Annual administration report of the Civil Veterinary Department, Sind - 1945-1946
Year: 1945
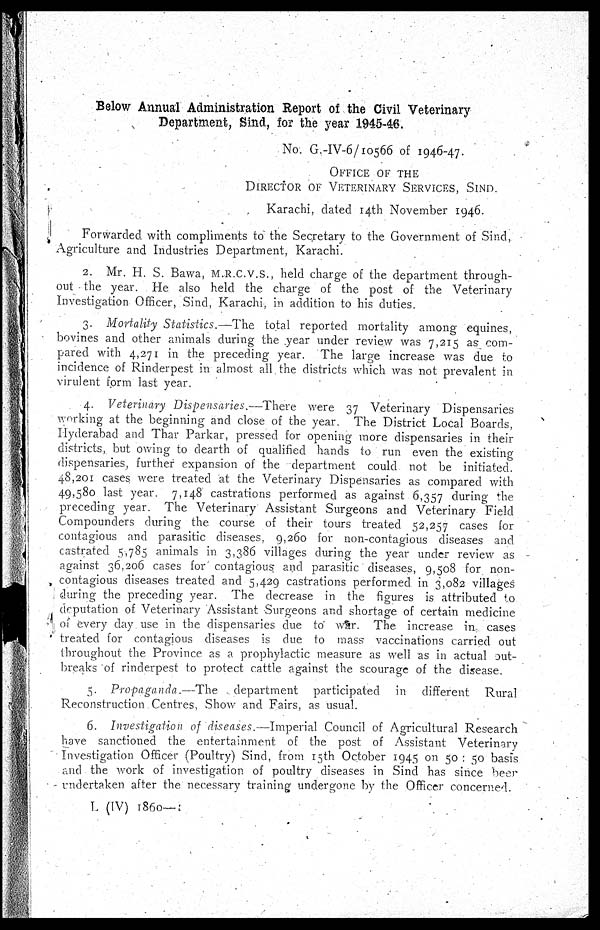
Below Annual Administration Report of the Civil Veterinary
Department, Sind, for the year 1945-46.
No. G.-IV-6/10566 of 1946-47.
OFFICE OF THE
DIRECTOR OF VETERINARY SERVICES, SIND.
Karachi, dated 14th November 1946.
Forwarded with compliments to the Secretary to the Government of Sind,
Agriculture and Industries Department, Karachi.
2. Mr. H. S. Bawa, M.R.C.V.S., held charge of the department through-
out the year. He also held the charge of the post of the Veterinary
Investigation Officer, Sind, Karachi, in addition to his duties.
3. Mortality Statistics.—The
total reported mortality among equines,
bovines and other animals during the year under review was 7,215 as com-
pared with 4,271 in the preceding year. The large increase was due to
incidence of Rinderpest in almost all the districts which was not prevalent in
virulent form last year.
4. Veterinary Dispensaries.—There
were 37 Veterinary Dispensaries
working at the beginning and close of the year. The District Local Boards,
Hyderabad and Thar Parkar, pressed for opening more dispensaries in their
districts, but owing to dearth of qualified hands to run even the existing
dispensaries, further expansion of the department could not be initiated.
48,201 cases were treated at the Veterinary Dispensaries as compared with
49,580 last year. 7,148 castrations performed as against 6,357 during he
preceding year. The Veterinary Assistant Surgeons and Veterinary Field
Compounders during the course of their tours treated 52,257 cases for
contagious and parasitic diseases. 9,260 for non-contagious diseases and
castrated 5,785 animals in 3,386 villages during the year under review as
against 36,206 cases for contagious and parasitic diseases, 9,508 for non-
contagious diseases treated and 5,429 castrations performed in 3,082 villages
during the preceding year. The decrease in the figures is attributed to
deputation of Veterinary Assistant Surgeons and shortage of certain medicine
of every day use in the dispensaries due to war. The increase in- cases
treated for contagious diseases is due to mass vaccinations carried out
throughout the Province as a prophylactic measure as well as in actual jut-
breaks of rinderpest to protect cattle against the scourage of the disease.
5. Propaganda.—The
department participated in different
Rural
Reconstruction Centres. Show and Fairs, as usual.
6. Investigation of diseases.—Imperial Council of Agricultural Research
have sanctioned the entertainment of the post of Assistant Veterinary
Investigation Officer (Poultry) Sind, from 15th October 1945 on 50 : 50 basis
and the work of investigation of poultry diseases in Sind has since beer
undertaken after the necessary training undergone by the Officer concerned.
L (IV) 1860—